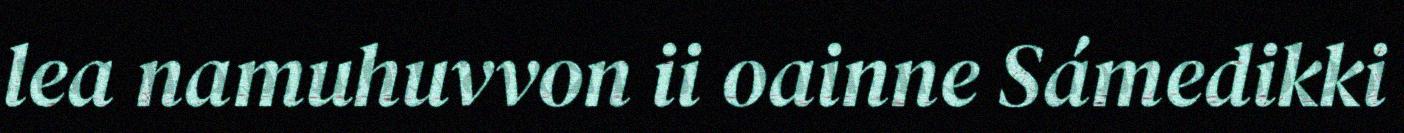
lea namuhuvvon ii oainne Sámedikki